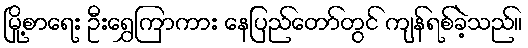
မြို့စာရေး ဦးရွှေကြာကား နေပြည်တော်တွင် ကျန်ရစ်ခဲ့သည်။